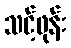
သင့်ဖုန်း